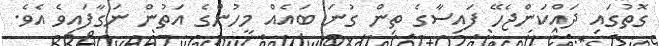
ގޮތުގައި ދައްކަންޖެހޭ ފައިސާގެ ތިން ގުނަ ބައެއް މީހުންގެ އަތުން ނަގާފައިވެ އެވެ.